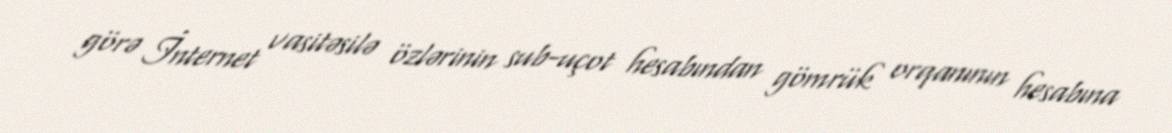
görə İnternet vasitəsilə özlərinin sub-uçot hesabından gömrük orqanının hesabına